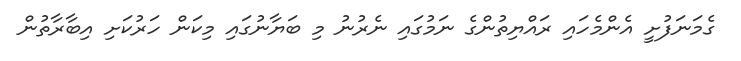
ގެމަނަފުށީ އެންމެހައި ރައްޔިތުންގެ ނަމުގައި ނެރުނު މި ބަޔާނުގައި މިކަން ހަރުކަށި އިބާރާތުން